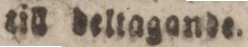
till deltagande.